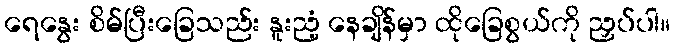
ရေနွေး စိမ်ပြီးခြေသည်း နူးညံ့ နေချိန်မှာ ထိုခြေစွယ်ကို ညှပ်ပါ။